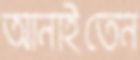
আনাইতেন